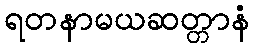
ရတနာမယဆတ္တာနံ